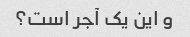
و این یک آجر است؟